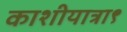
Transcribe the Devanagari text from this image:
काशीयात्रा९